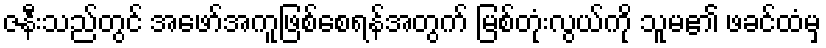
ဇနီးသည်တွင် အဖော်အကူဖြစ်စေရန်အတွက် မြစ်တုံးလွယ်ကို သူမ၏ ဖခင်ထံမှ